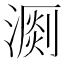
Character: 𣽄